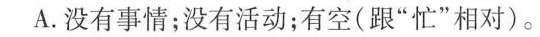
A.没有事情；没有活动；有空(跟”忙”相对)。